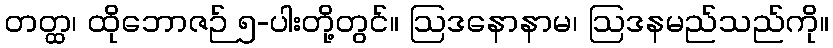
တတ္ထ၊ ထိုဘောဇဉ် ၅-ပါးတို့တွင်။ ဩဒနောနာမ၊ ဩဒနမည်သည်ကို။